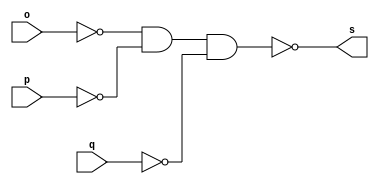
 
// ------------------------- 
// Exemplo0010 - OR
// Nome: Ederson Cristiano Nunes 
// Versao: 1.0
// ------------------------- 
 
// -------------------------
// -- or gate
// -------------------------
module orgate ( output s,
                          input o,
								  input p,
                          input q);
 assign s = (~(~o & ~p & ~q));
endmodule // orgate
// ---------------------
// -- test or gate
// ---------------------
module testorgate;
// ------------------------- dados locais
   reg a, b, c; // definir registradores
   wire s; // definir conexao (fio)
// ------------------------- instancia
   orgate OR1 (s, a, b, c);
// ------------------------- preparacao
   initial begin:start
      a=0; b=0; c=0;
   end
// ------------------------- parte principal
   initial begin
     $display("Exemplo0010 - Ederson Cristiano - 438964");
     $display("Test OR gate");
     $display("\na | b | c = s\n");
     a=0; b=0; c=0;
  #1 $display("%b | %b | %b = %b", a, b, c, s);
     a=0; b=0; c=1;
  #1 $display("%b | %b | %b = %b", a, b, c, s);
     a=0; b=1; c=0;
  #1 $display("%b | %b | %b = %b", a, b, c, s);
     a=0; b=1; c=1;
  #1 $display("%b | %b | %b = %b", a, b, c, s);
     a=1; b=0; c=0;
  #1 $display("%b | %b | %b = %b", a, b, c, s);
     a=1; b=0; c=1;
  #1 $display("%b | %b | %b = %b", a, b, c, s);
     a=1; b=1; c=0;
  #1 $display("%b | %b | %b = %b", a, b, c, s);
     a=1; b=1; c=1;
  #1 $display("%b | %b | %b = %b", a, b, c, s);
 end
endmodule // testandgate

// ----------------------------------- 
//Exemplo0010 - Ederson Cristiano - 438964
//Test OR gate
    
//a | b | c = s
    
//0 | 0 | 0 = 0
//0 | 0 | 1 = 1
//0 | 1 | 0 = 1
//0 | 1 | 1 = 1
//1 | 0 | 0 = 1
//1 | 0 | 1 = 1
//1 | 1 | 0 = 1
//1 | 1 | 1 = 1